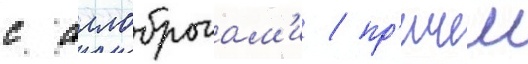
с аллоброгам'и / пр'ичем